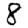
Digit: 8